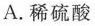
A.稀硫酸